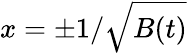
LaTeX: x=\pm{1}/{\sqrt{B(t)}}